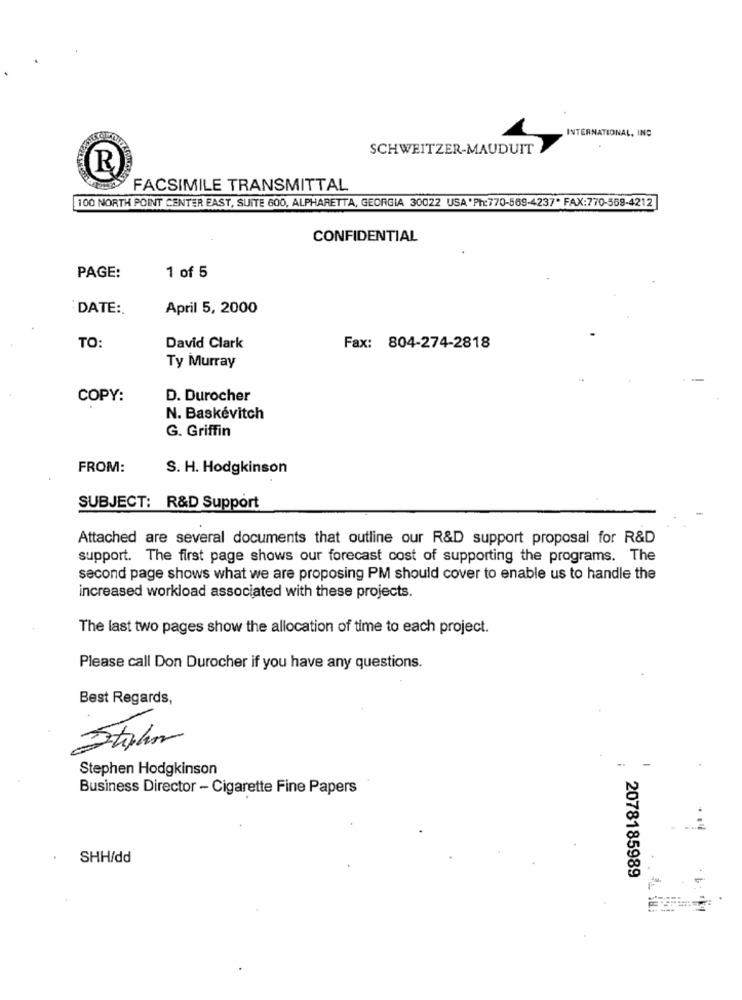
INTERNATIONAL, INC
SCHWEITZER-MAUDUIT
R
FACSIMILE TRANSMITTAL
100 NORTH POINT CENTER EAST, SUITE 600, ALPHARETTA, GEORGIA 30022 USA'Ph:770-569-4237* FAX:770-569-4212
CONFIDENTIAL
PAGE:
1 of 5
DATE :.
April 5, 2000
TO:
David Clark
Fax: 804-274-2818
Ty Murray
COPY:
D. Durocher
N. Baskévitch
G. Griffin
FROM:
S. H. Hodgkinson
SUBJECT: R&D Support
Attached are several documents that outline our R&D support proposal for R&D
support. The first page shows our forecast cost of supporting the programs. The
second page shows what we are proposing PM should cover to enable us to handle the
increased workload associated with these projects.
The last two pages show the allocation of time to each project.
Please call Don Durocher if you have any questions.
Best Regards,
Stylm
Stephen Hodgkinson
Business Director - Cigarette Fine Papers
SHH/dd
2078185989